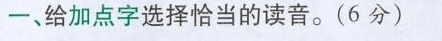
一、给加点字选择恰当的读音。(6分)